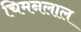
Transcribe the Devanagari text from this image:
चिमनलाल